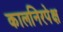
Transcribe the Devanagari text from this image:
कालनिरपेक्ष